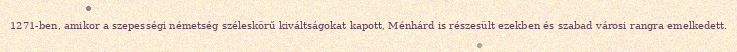
1271-ben, amikor a szepességi németség széleskörű kiváltságokat kapott, Ménhárd is részesült ezekben és szabad városi rangra emelkedett.